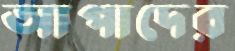
আপাদের